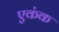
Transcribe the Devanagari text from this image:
एकंक